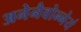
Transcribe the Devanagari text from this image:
अनेनैवोन्नेयं